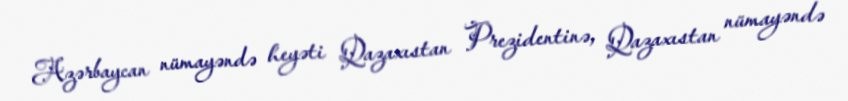
Azərbaycan nümayəndə heyəti Qazaxıstan Prezidentinə, Qazaxıstan nümayəndə